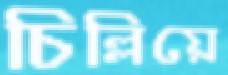
চিল্লিয়ে